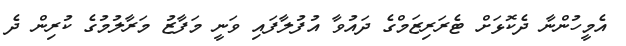
އެމީހުންނާ ދެކޮޅަށް ޓެރަރިޒަމްގެ ދައުވާ އުފުލާފައި ވަނީ މަފާޒު މަރާލުމުގެ ކުރިން ދެ